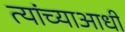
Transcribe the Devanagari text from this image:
त्यांच्याआधी